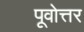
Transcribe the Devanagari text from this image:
पूवोत्तर